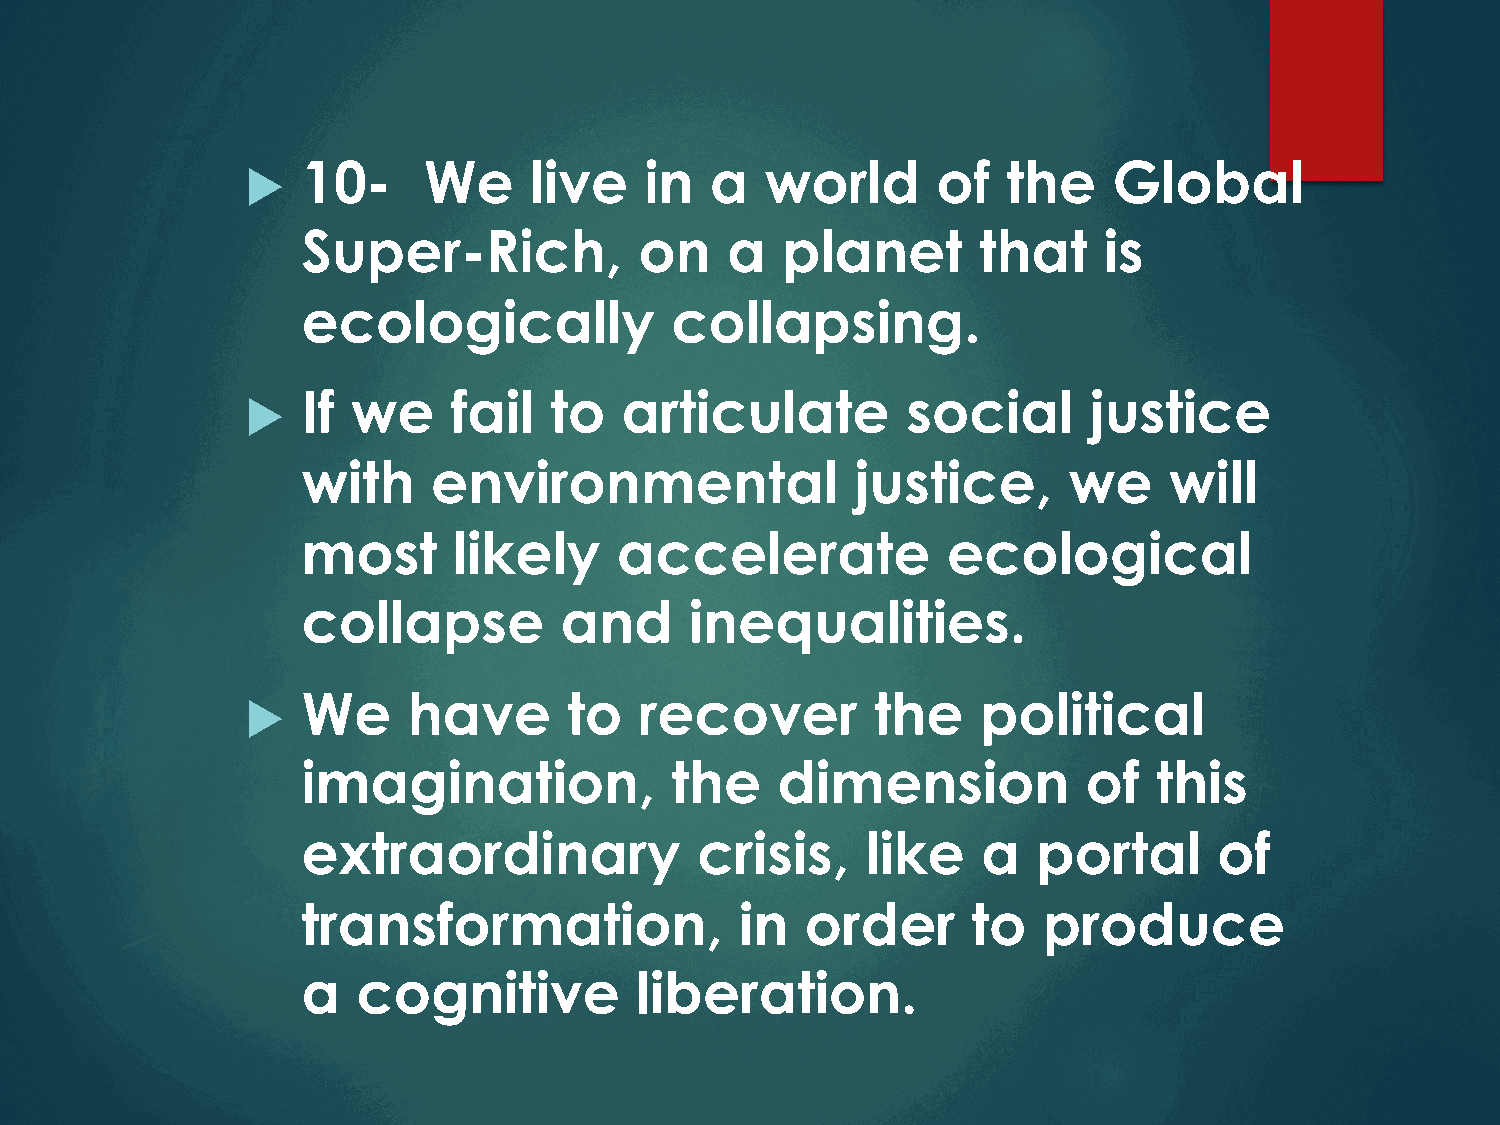
10-     We     live    in  a   world      of   the    Global
 u
 Super-Rich,           on    a   planet       that    is
 ecologically            collapsing.
 If we     fail  to   articulate         social      justice
 u
 with     environmental               justice,      we    will
 most      likely     accelerate            ecological
 collapse         and      inequalities.
 We     have       to  recover         the    political
 u
 imagination,            the    dimension            of   this
 extraordinary             crisis,    like    a   portal      of
 transformation,              in  order      to   produce
 a   cognitive         liberation.